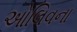
ઓલિવના